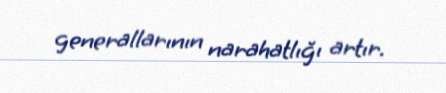
generallarının narahatlığı artır.